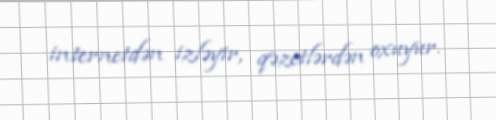
internetdən izləyir, qəzetlərdən oxuyur.